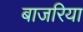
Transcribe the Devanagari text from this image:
बाजरिया